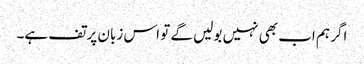
اگر ہم اب بھی نہیں بولیں گے تو اس زبان پر تف ہے۔